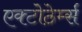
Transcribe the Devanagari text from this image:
एक्टोठेर्म्स